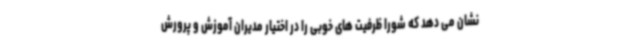
نشان می دهد که شورا ظرفیت های خوبی را در اختیار مدیران آموزش و پرورش